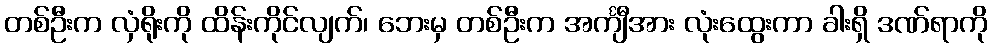
တစ်ဦးက လှံရိုးကို ထိန်းကိုင်လျက်၊ ဘေးမှ တစ်ဦးက အင်္ကျီအား လုံးထွေးကာ ခါးရှိ ဒဏ်ရာကို